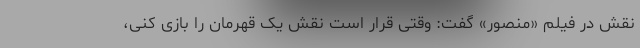
نقش در فیلم «منصور» گفت: وقتی قرار است نقش یک قهرمان را بازی کنی،